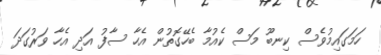
ހަމަގައިމުވެސް ކިނބޫ މަސް ކެއުމާ ބެހޭގޮތުން އެހާ ސާފު އަދި އެހާ ވަރުގަދަ